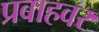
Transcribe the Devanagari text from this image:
प्रवाहवर